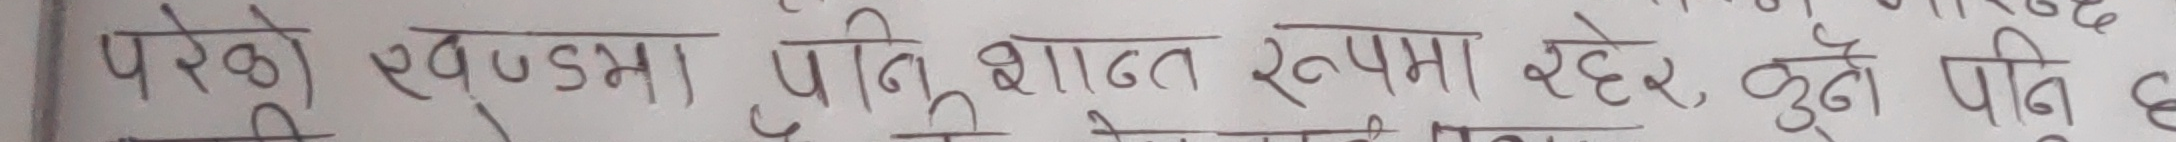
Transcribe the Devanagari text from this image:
परेको खण्डमा, पनि शान्त रूपमा रहेर् कुनै पनि छ